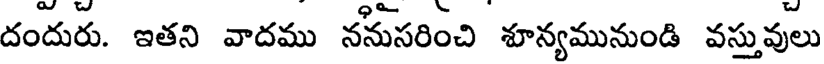
దందురు. ఇతని వాదము ననుసరించి శూన్యమునుండి వస్తువులు